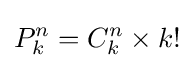
P_{k}^{n}=C_{k}^{n}\times k!